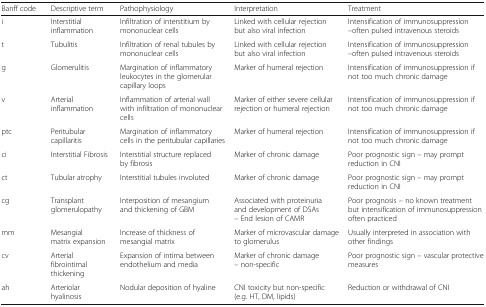
<table><thead><tr><td><b>Banff code</b></td><td><b>Descriptive term</b></td><td><b>Pathophysiology</b></td><td><b>Interpretation</b></td><td><b>Treatment</b></td></tr></thead><tbody><tr><td>i</td><td>Interstitial inflammation</td><td>Infiltration of interstitium by mononuclear cells</td><td>Linked with cellular rejection but also viral infection</td><td>Intensification of immunosuppression –often pulsed intravenous steroids</td></tr><tr><td>t</td><td>Tubulitis</td><td>Infiltration of renal tubules by mononuclear cells</td><td>Linked with cellular rejection but also viral infection</td><td>Intensification of immunosuppression –often pulsed intravenous steroids</td></tr><tr><td>g</td><td>Glomerulitis</td><td>Margination of inflammatory leukocytes in the glomerular capillary loops</td><td>Marker of humeral rejection</td><td>Intensification of immunosuppression if not too much chronic damage</td></tr><tr><td>v</td><td>Arterial inflammation</td><td>Inflammation of arterial wall with infiltration of mononuclear cells</td><td>Marker of either severe cellular rejection or humeral rejection</td><td>Intensification of immunosuppression ifnot too much chronic damage</td></tr><tr><td>ptc</td><td>Peritubular capillaritis</td><td>Margination of inflammatory cells in the peritubular capillaries</td><td>Marker of humeral rejection</td><td>Intensification of immunosuppression if not too much chronic damage</td></tr><tr><td>ci</td><td>Interstitial Fibrosis</td><td>Interstitial structure replaced by fibrosis</td><td>Marker of chronic damage</td><td>Poor prognostic sign – may prompt reduction in CNI</td></tr><tr><td>ct</td><td>Tubular atrophy</td><td>Interstitial tubules involuted</td><td>Marker of chronic damage</td><td>Poor prognostic sign – may prompt reduction in CNI</td></tr><tr><td>cg</td><td>Transplant glomerulopathy</td><td>Interposition of mesangium and thickening of GBM</td><td>Associated with proteinuria and development of DSAs – End lesion of CAMR</td><td>Poor prognosis – no known treatment but intensification of immunosuppression often practiced</td></tr><tr><td>mm</td><td>Mesangial matrix expansion</td><td>Increase of thickness of mesangial matrix</td><td>Marker of microvascular damage to glomerulus</td><td>Usually interpreted in association with other findings</td></tr><tr><td>cv</td><td>Arterial fibrointimal thickening</td><td>Expansion of intima between endothelium and media</td><td>Marker of chronic damage – non-specific</td><td>Poor prognostic sign – vascular protective measures</td></tr><tr><td>ah</td><td>Arteriolar hyalinosis</td><td>Nodular deposition of hyaline</td><td>CNI toxicity but non-specific (e.g. HT, DM, lipids)</td><td>Reduction or withdrawal of CNI</td></tr></tbody></table>